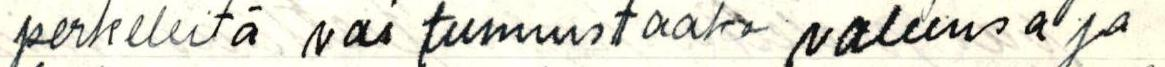
perkeleitä vai tunnustaako valheensa ja